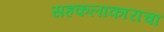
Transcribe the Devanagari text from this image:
सहकलाकाराचा